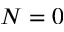
N = 0